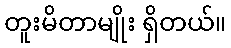
တူးမိတာမျိုး ရှိတယ်။